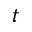
t